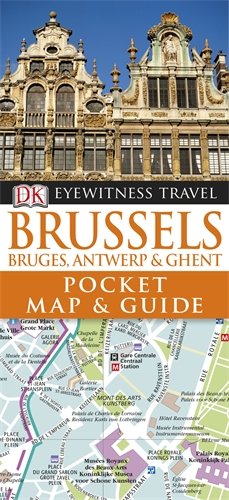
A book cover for Brussels Pocket Map and Guide: Bruges, Ghent & Antwerp. (DK Eyewitness Pocket Map and Guide); Dorling Kindersley ( DK CHU BAN SHE ); Travel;